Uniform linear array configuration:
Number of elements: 4
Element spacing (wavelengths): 1
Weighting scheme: hann
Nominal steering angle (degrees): -30
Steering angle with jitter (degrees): -30.187
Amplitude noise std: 0.05
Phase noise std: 0.05

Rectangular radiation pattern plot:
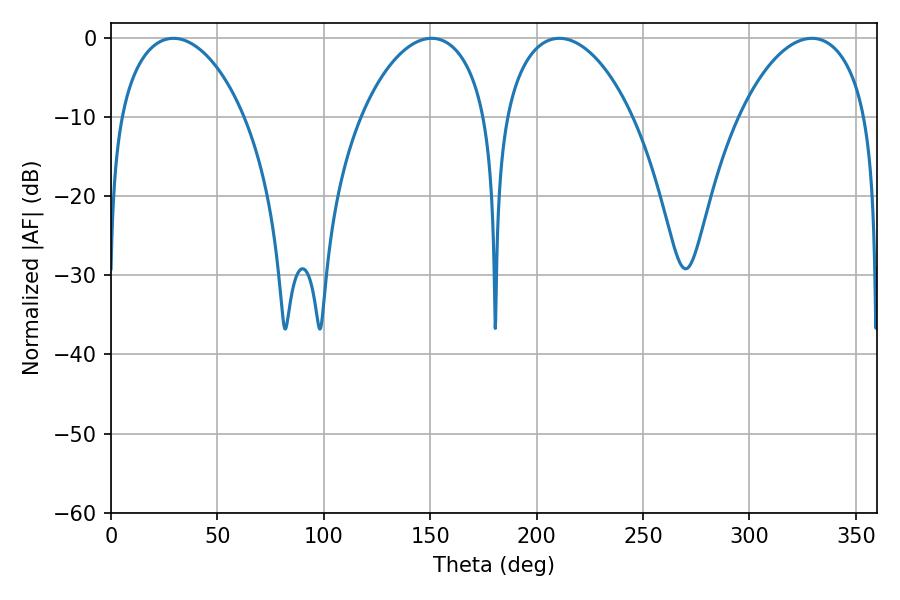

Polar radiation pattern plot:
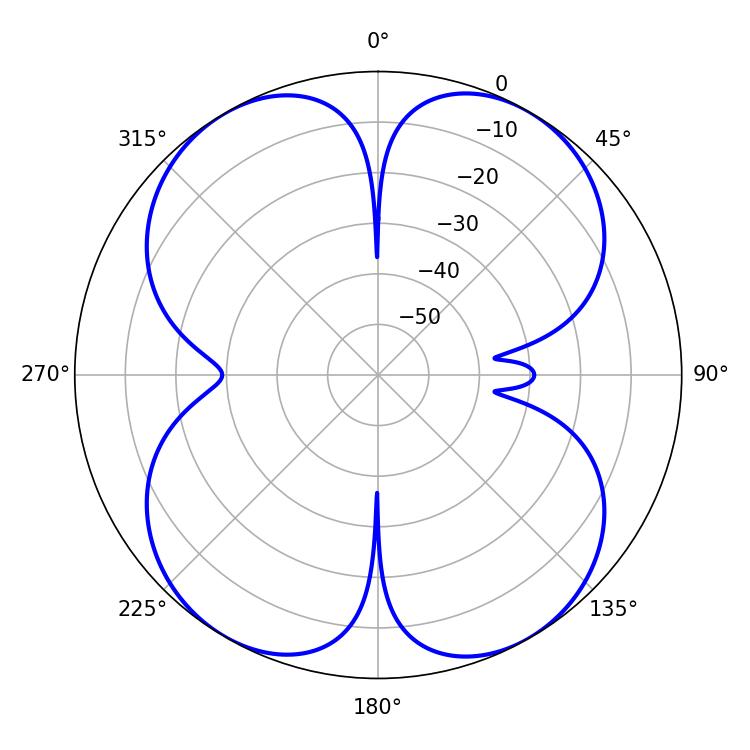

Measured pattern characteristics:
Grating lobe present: TRUE
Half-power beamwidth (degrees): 33.66
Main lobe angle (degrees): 29.34